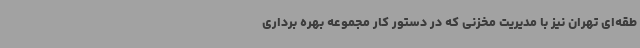
طقه‌ای تهران نیز با مدیریت مخزنی که در دستور کار مجموعه بهره برداری